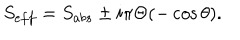
LaTeX: S _ { e f f } = S _ { a b s } \pm i \pi \Theta ( - \cos \theta ) .